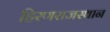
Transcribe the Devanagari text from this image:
हिरणराजस्थान